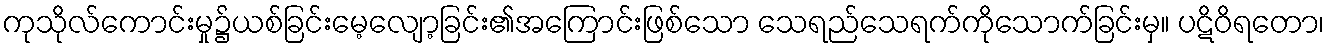
ကုသိုလ်ကောင်းမှု၌ယစ်ခြင်းမေ့လျော့ခြင်း၏အကြောင်းဖြစ်သော သေရည်သေရက်ကိုသောက်ခြင်းမှ။ ပဋိဝိရတော၊